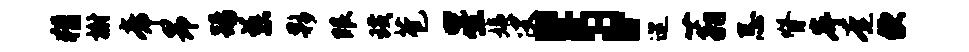
猾榭帝昂踢慈夥眼璜苞星姨叟；巡蓊忌脊岸奄便